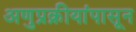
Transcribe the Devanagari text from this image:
अणुप्रक्रीयांपासून